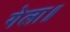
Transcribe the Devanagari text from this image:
गेला॥